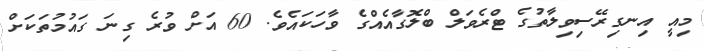
މިއީ އިނގިރޭސިވިލާތުގެ ޓްރެވަލް ބްލޮގާއެއްގެ ވާހަކައެވެ. 60 އަށް ވުރެ ގިނަ ގައުމުތަކަށް